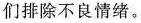
们排除不良情绪。